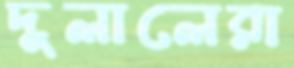
দুলালেরা